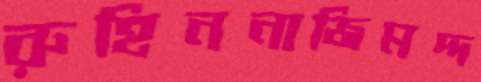
রুহিননাজিমদ্দ